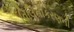
વિલિનીકરણની